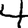
Digit: 4